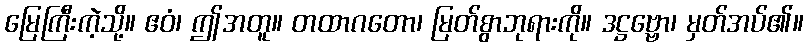
မြေကြီးကဲ့သို့။ ဧဝံ၊ ဤအတူ။ တထာဂတော၊ မြတ်စွာဘုရားကို။ ဒဋ္ဌဗ္ဗော၊ မှတ်အပ်၏။